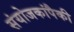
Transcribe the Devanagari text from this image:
संयोजकांपैकी